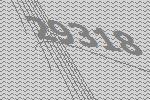
29318